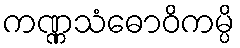
ကဏ္ဏသံဓောဝိကမ္ပိ